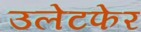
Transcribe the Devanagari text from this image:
उलेटफेर